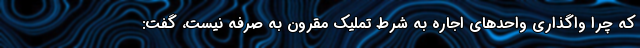
که چرا واگذاری واحدهای اجاره به شرط تملیک مقرون به صرفه نیست، گفت: